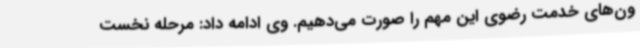
ون‌های خدمت رضوی این مهم را صورت می‌دهیم. وی ادامه داد: مرحله نخست